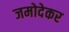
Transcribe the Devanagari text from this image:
जमोदेकर